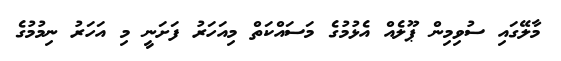
މާލޭގައި ސުވިމިން ޕޫލެއް އެޅުމުގެ މަސައްކަތް މިއަހަރު ފަށަނީ މި އަހަރު ނިމުމުގެ